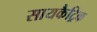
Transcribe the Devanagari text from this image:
सायकैट्रिक